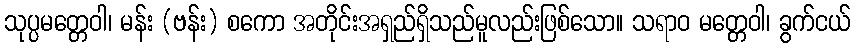
သုပ္ပမတ္တေဝါ၊ မန်း (ဗန်း) စကော အတိုင်းအရှည်ရှိသည်မူလည်းဖြစ်သော။ သရာဝ မတ္တေဝါ၊ ခွက်ငယ်